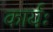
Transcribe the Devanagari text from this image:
कार्यः